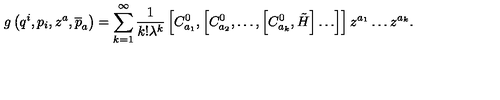
g \left( q ^ { i } , p _ { i } , z ^ { a } , \overline { { p } } _ { a } \right) = \sum _ { k = 1 } ^ { \infty } \frac 1 { k ! \lambda ^ { k } } \left[ C _ { a _ { 1 } } ^ { 0 } , \left[ C _ { a _ { 2 } } ^ { 0 } , \ldots , \left[ C _ { a _ { k } } ^ { 0 } , \tilde { H } \right] \ldots \right] \right] z ^ { a _ { 1 } } \ldots z ^ { a _ { k } } .